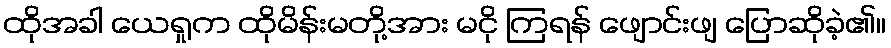
ထိုအခါ ယေရှုက ထိုမိန်းမတို့အား မငို ကြရန် ဖျောင်းဖျ ပြောဆိုခဲ့၏။